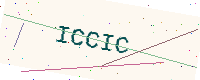
Text: ICCIC